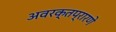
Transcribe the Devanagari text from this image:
अवरक्तप्रारणे